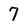
Character: 7